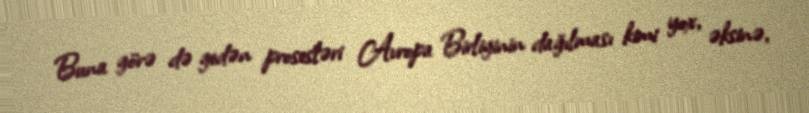
Buna görə də gedən prosesləri Avropa Birliyinin dağılması kimi yox, əksinə,